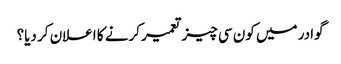
گوادر میں کون سی چیز تعمیر کرنے کا اعلان کر دیا؟